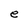
Character: e